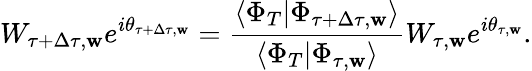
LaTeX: W_{\tau+\Delta\tau,\mathbf{w}}e^{i\theta_{\tau+\Delta\tau,\mathbf{w}}}=\frac{{\langle\Phi_{T}|\Phi_{\tau+\Delta\tau,\mathbf{w}}\rangle}}{{\langle\Phi_{T}|\Phi_{\tau,\mathbf{w}}\rangle}}W_{\tau,\mathbf{w}}e^{i\theta_{\tau,\mathbf{w}}}.